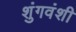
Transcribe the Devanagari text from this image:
शुंगवंशी